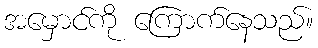
အမှောင်ကို ကြောက်နေသည်။